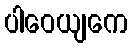
ပါဝေယျကေ